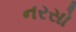
નરસો